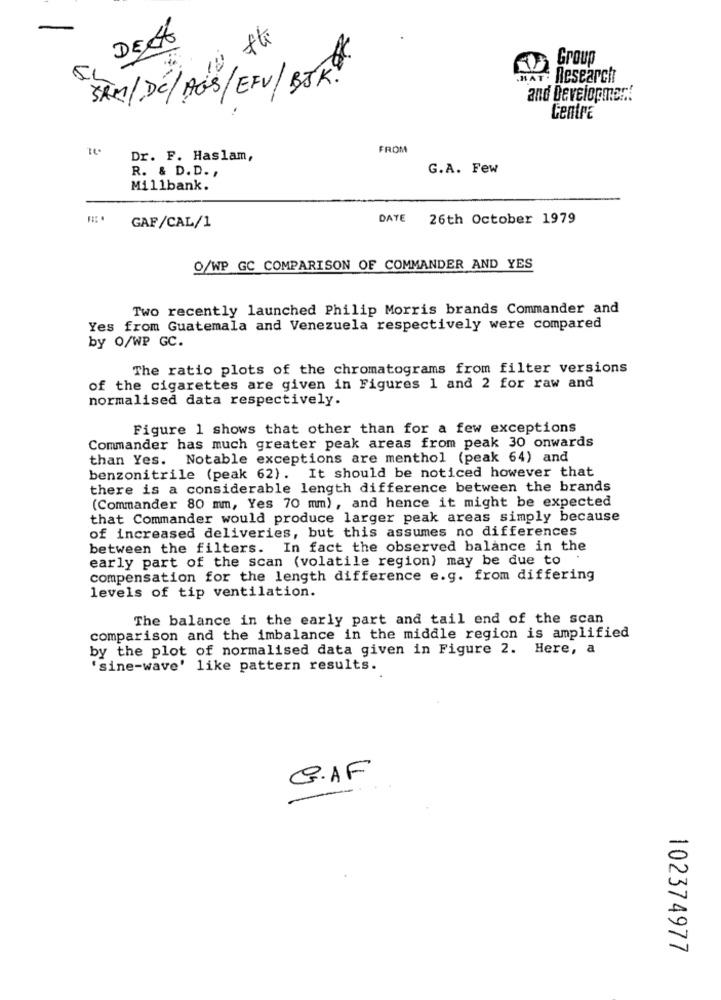
DELA
KOGroup
HAT. Research
SAM/DC/AG'S/EFV/BJK.
and Developmer ..
Centre
FROM
Dr. F. Haslam,
R. & D. D. ,
G.A. Few
Mil1bank.
DATE 26th October 1979
GAF/CAL/1
O/WP GC COMPARISON OF COMMANDER AND YES
Two recently launched Philip Morris brands Commander and
Yes from Guatemala and Venezuela respectively were compared
by O/WP GC.
The ratio plots of the chromatograms from filter versions
of the cigarettes are given in Figures 1 and 2 for raw and
normalised data respectively.
Figure 1 shows that other than for a few exceptions
Commander has much greater peak areas from peak 30 onwards
than Yes. Notable exceptions are menthol (peak 64) and
benzonitrile (peak 62). It should be noticed however that
there is a considerable length difference between the brands
(Commander 80 mm, Yes 70 mm), and hence it might be expected
that Commander would produce larger peak areas simply because
of increased deliveries, but this assumes no differences
between the filters. In fact the observed balance in the
early part of the scan (volatile region) may be due to
compensation for the length difference e.g. from differing
levels of tip ventilation.
The balance in the early part and tail end of the scan
comparison and the imbalance in the middle region is amplified
by the plot of normalised data given in Figure 2. Here, a
'sine-wave' like pattern results.
G.AF
102374977